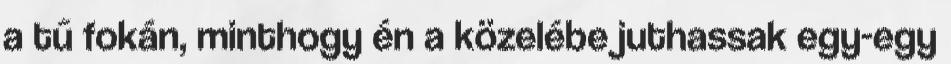
a tű fokán, minthogy én a közelébe juthassak egy-egy